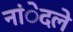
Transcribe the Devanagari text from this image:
नांेदले